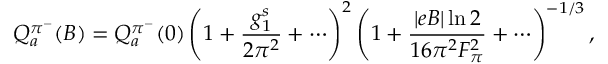
{ \cal Q } _ { a } ^ { \pi ^ { - } } ( B ) = { \cal Q } _ { a } ^ { \pi ^ { - } } ( 0 ) \left( 1 + { \frac { g _ { 1 } ^ { s } } { 2 \pi ^ { 2 } } } + \cdots \right) ^ { 2 } \left( 1 + { \frac { \left| e B \right| \ln 2 } { 1 6 \pi ^ { 2 } F _ { \pi } ^ { 2 } } } + \cdots \right) ^ { - 1 / 3 } ,